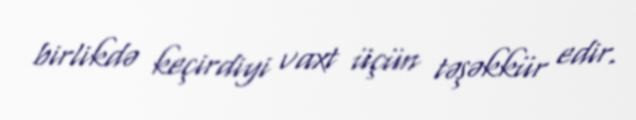
birlikdə keçirdiyi vaxt üçün təşəkkür edir.